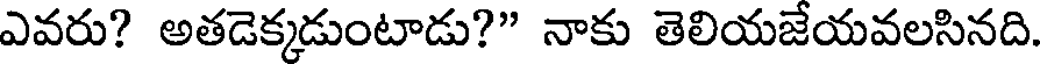
ఎవరు? అతడెక్కడుంటాడు?" నాకు తెలియజేయవలసినది